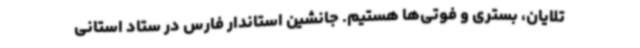
تلایان، بستری و فوتی‌ها هستیم. جانشین استاندار فارس در ستاد استانی